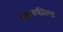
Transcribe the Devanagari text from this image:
क्लेनफील्ड